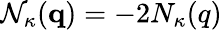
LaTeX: {\cal N}_{\kappa}({\mathbf q})=-2N_{\kappa}(q)